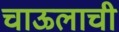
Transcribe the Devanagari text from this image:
चाऊलाची